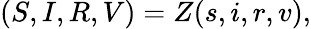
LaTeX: (S,I,R,V)=Z(s,i,r,v),